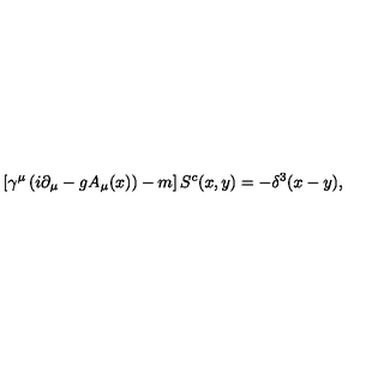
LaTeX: \left[ \gamma ^ { \mu } \left( i \partial _ { \mu } - g A _ { \mu } ( x ) \right) - m \right] S ^ { c } ( x , y ) = - \delta ^ { 3 } ( x - y ) ,